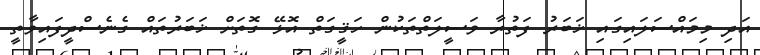
އަދި މިމައްސަލައިގައި ޚަބަރު ފަތުރާ ވަސީލަތްތަކުން ހަޤީގަތް އޮޅޭ ގޮތަށް ޚަބަރުތައް ގެނެސްދީފައިވާތީ